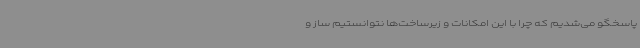
پاسخگو می‌شدیم که چرا با این امکانات و زیرساخت‌ها نتوانستیم ساز و